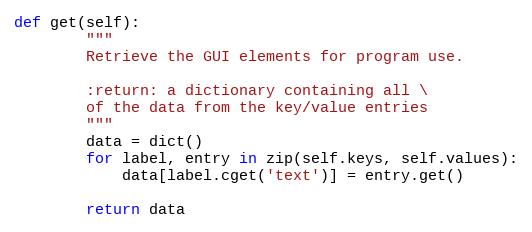
Language: Python
def get(self):
        """
        Retrieve the GUI elements for program use.

        :return: a dictionary containing all \
        of the data from the key/value entries
        """
        data = dict()
        for label, entry in zip(self.keys, self.values):
            data[label.cget('text')] = entry.get()

        return data